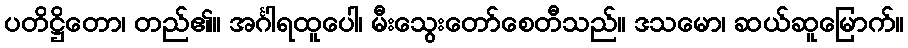
ပတိဋ္ဌိတော၊ တည်၏။ အင်္ဂါရထူပေါ၊ မီးသွေးတော်စေတီသည်။ ဒသမော၊ ဆယ်ဆူမြောက်။